Annual report of the Punjab Veterinary College and of the Civil Veterinary Department, Punjab - 1894-1908
Year: 1894
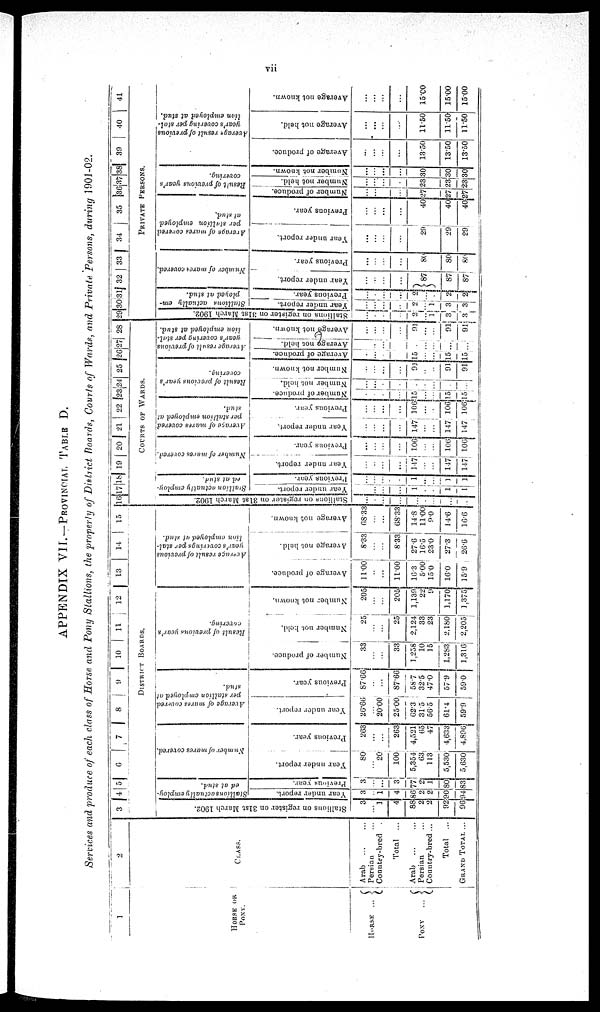
vii
APPENDIX VII.—PROVINCIAL TABLE D.
Services and produce of each class of Horse and Pony Stallions, the property of District Boards, Courts of Wards, and Private, Persons, during 1901-02.
1
HORSE OR
PONY.
Horse
PONY
...
2
CLASS.
Arab ... ...
Persian ...
Country-bred
Total
...
Arab ... ... ...
Persian ... ... ...
Country-bred ...
Total
...
GRAND TOTAL ...
3 4 5 6 7 8 9 10 11 12 13 14 15
DISTRICT BOARDS.
Stallions on register on 31st March 1902.
3
...
1
4
88
2
2
92
96
Stallions actually employ-
ed at stud.
Year under report.
3
...
1
4
86
2
2
90
94
Previous year.
3
...
...
3
77
2
1
80
83
Number of mares covered.
Year under report.
80
...
20
100
5,354
63
113
5,530
5,630
Previous year.
263
...
...
263
4,521
65
47
4,633
4,896
Average of mares covered
per stallion employed at
stud.
Year under report.
26.66
...
20.00
25.00
62.3
31.5
56.5
61.4
59.9
Previous year.
87.66
...
...
87.66
58.7
32.5
47.0
57.9
59.0
Result of previous year's.
covering.
Number of produce.
33
...
...
33
1,258
10
15
1,283
1,316
Number not held.
25
...
...
25
2,124
33
23
2,180
2,205
Number not known.
205
...
...
205
1,139
22
9
1,170
1,375
Average
result of previous
year's coverings
per stal-
lion employed at stud.
Average of produce.
11.00
...
...
11.00
16.3
5.00
15.0
16.0
15.9
Average not held.
8.33
...
...
8.33
27.6
16.5
23.0
27.3
26.6
Average not known.
68.33
...
...
68.33
14.8
11.00
9.0
14.6
16.6
16 17 18 19 20 21 22 23 24 25 26 27 28
COURT
OF
WARDS.
Stallions on register on 31st March 1902.
...
...
...
...
...
...
...
...
...
Stallion
actually employ-
ed at stud.
Year under report.
...
...
...
...
1
...
...
1
1
Previous year.
...
...
...
1
...
...
1
1
Number of mares covered.
Year under report.
...
...
...
147
...
...
147
147
Previous year.
...
...
...
106
...
... 106
106
Average of mares covered
per stallion employed at
stud.
Year under report.
..
..
...
...
147
...
... 147
147
Previous year.
...
... ...
...
106
...
...
106
106
Result of previous year's
covering.
Nu mb e r of produce.
...
...
...
...
15
...
...
15
15
Nu mb e r not held.
...
...
...
...
...
...
...
...
...
Number not known.
...
...
...
...
91
... ..
91
91
Average result of previous
year's covering per stal-
lion employed at stud.
Average of produce.
...
...
...
...
15
...
... 15
15
Ave r
a ge not hel d.
...
...
...
...
...
...
...
...
...
Ave r
a ge not known.
..
...
...
...
91
...
...
91
91
29 30 31 32 33 34
35 36 37 38 39 40 41
PRIVATE PERSONS.
Stallions on register on 31st March 1902.
...
...
...
...
2
...
1
3
3
Stallions actually em-
ployed at stud.
Year under report.
...
...
...
...
2
1
3
3
Previous year.
...
...
...
...
2
...
...
2
2
Number of mares covered.
Year under report.
...
...
...
...
87
87
87
Previous year.
...
...
...
...
80
80
80
Average of mares covered
per stallion employed
at stud.
Year under report.
...
...
...
...
29
29
29
Previous year.
...
...
...
...
40
40
40
Result
of previous year's
covering.
Number of produce.
...
...
...
...
27
27
27
Number not held.
...
...
...
...
23
23
23
Number not known.
...
... ...
...
30
30
30
Average result of previous
year's covering per stal-
lion employed at stud.
Average of produce.
...
...
... ...
13.50
13.50
13.50
Average not held.
...
...
...
...
11.50
11.50
11.50
Average not known.
...
...
...
...
15.00
15.00
15.00